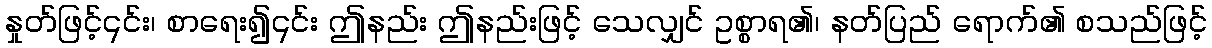
နှုတ်ဖြင့်၎င်း၊ စာရေး၍၎င်း ဤနည်း ဤနည်းဖြင့် သေလျှင် ဥစ္စာရ၏၊ နတ်ပြည် ရောက်၏ စသည်ဖြင့်